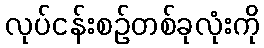
လုပ်ငန်းစဉ်တစ်ခုလုံးကို